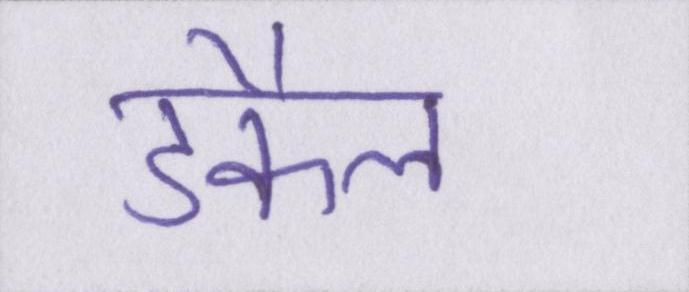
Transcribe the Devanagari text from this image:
डकैत